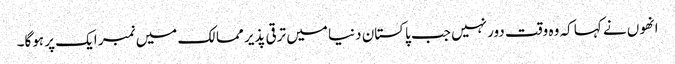
انھوں نے کہا کہ وہ وقت دور نہیں جب پاکستان دنیا میں ترقی پذیر ممالک میں نمبر ایک پر ہوگا۔